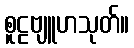
စူဠဗျူဟသုတ်။